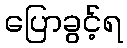
ပြောခွင့်ရ